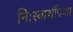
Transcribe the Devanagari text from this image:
निःस्वार्थीपणा